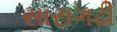
સારાગઢી